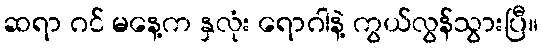
ဆရာ ဂင် မနေ့က နှလုံး ရောဂါနဲ့ ကွယ်လွန်သွားပြီ။